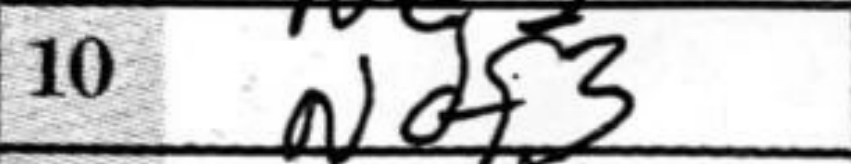
Transcription: Ndf3